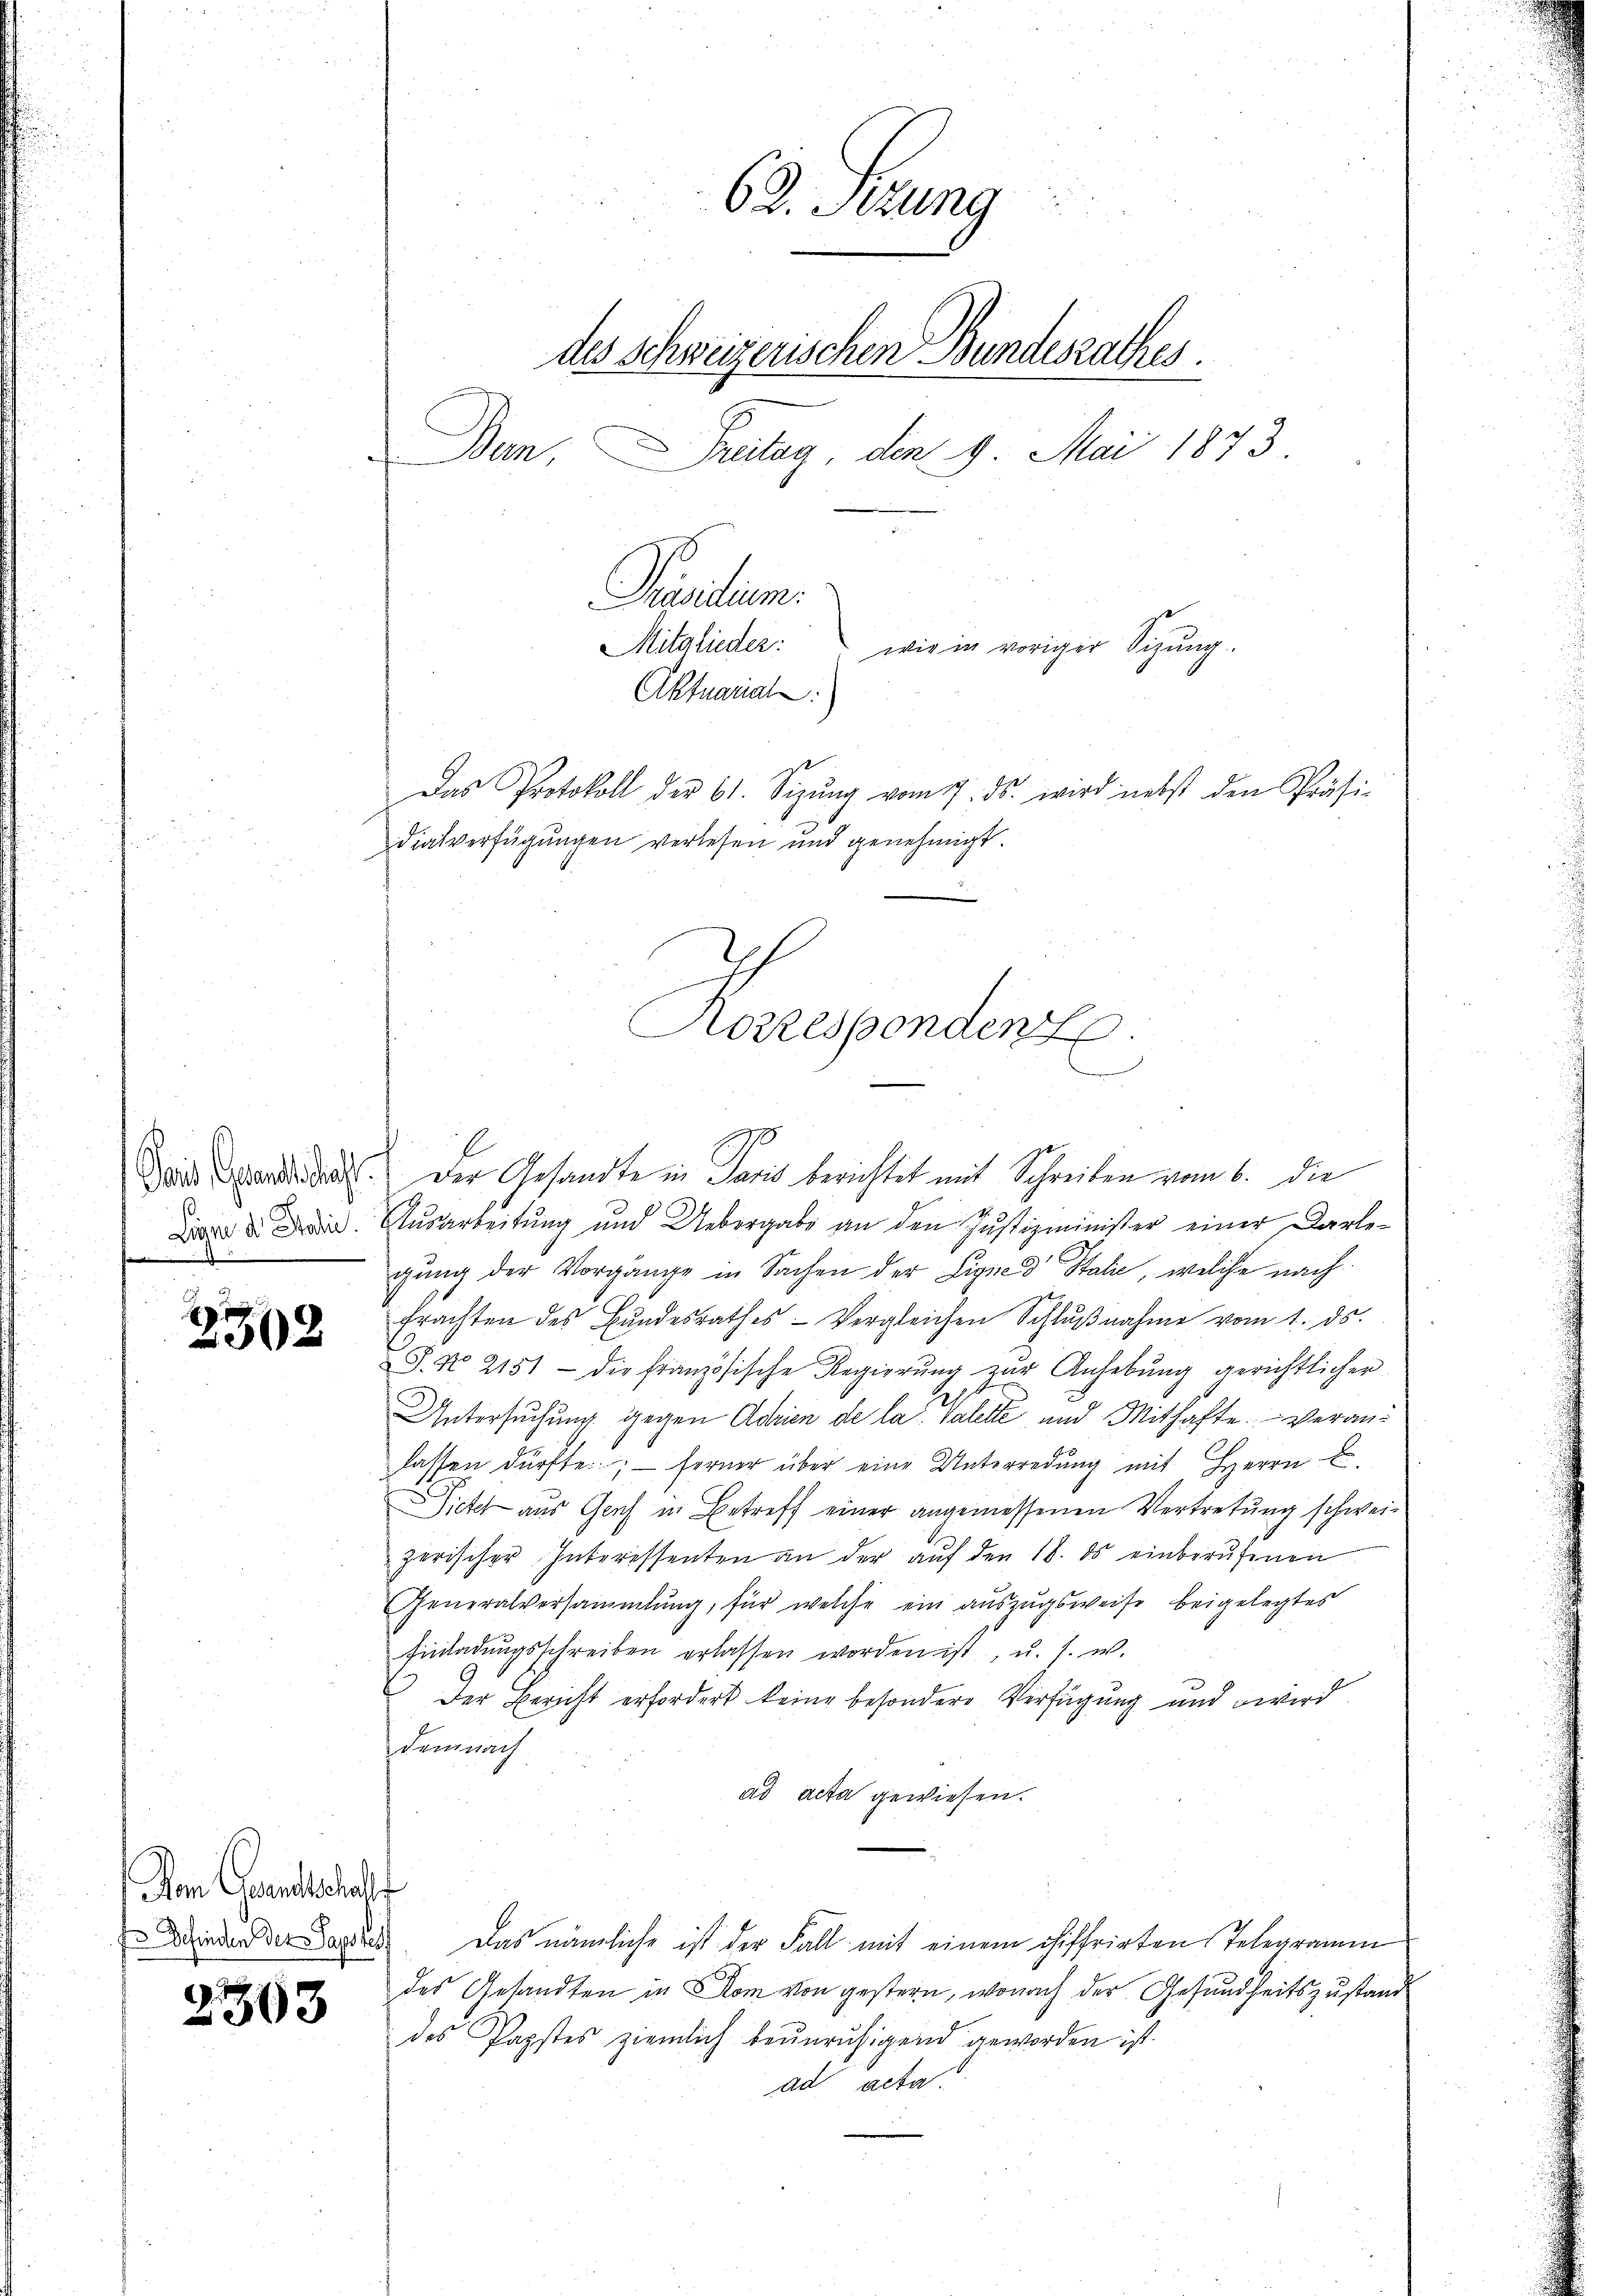
Said, Gesandte dacht.
Linne des Marie.
u
e

2302

m Geentschaft
 Definden der Papstes

2503

62. Sekung
des schweizerischen Bundesrathes.
Ban, ritag, den 9. Mai 1873
Präsidium.
Mitglieder:
wie in voriger Sizung.
Aktuarial

dialverfügungen verlesen und genehmigt.

Karependene

Das Protokoll der 61. Sizŭng vom 7. ds. wird nebst den Präsi-

l
Der Gesandte in Paris berichtet mit Schreiben vom 6. die
Ausarbeitung und Uebergabe an den Justizminister einer Darle-
gŭng der Vorgange in Sachen der Lignes Stalić, welche nach
frachten des Bŭndesrathes Vergleichen Schlŭβnahme vom 1. ds.
S. N. 2151 - die französische Regierung zur Anhebung gerichtlicher
A.
Untersuchung gegen Adrien de la Valette und Mithafte Veranlassen dürfte; — ferner über eine Unterredung mit Herrn E
Sicher aus Gerich in Betreff einer angemessenen Vertretung schweizerischer Interessenten an der auf den 18. ds einberufenen
Generalversammlung, für welche ein auszugsweise beigelegtes
Einladungsschreiben erlassen worden ist, u. s. w.
Der Bericht erfordert keine besondere Verfügung und wird
Demnach
ad acta gewiesen.
Das nämliche ist der Fall mit einem chiffrirten Telegramm
des Gesandten in Dom von gestern, wonach der Gesundheitszustand
des Papstes ziemlich beunruhigend geworden ist.
ad acta